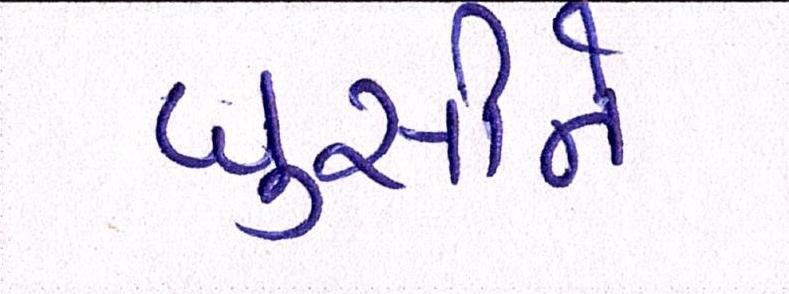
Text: ઘુસીને